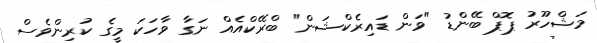
މަޝްހޫރު ޕޮޕް ބޭންޑު "ވަން ޑައިރެކްޝަން" ބްރޭކްއެއް ނަގާ ވާހަކަ މީގެ ކުރިންވެސް